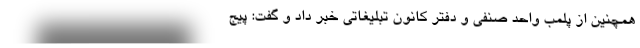
همچنین از پلمب واحد صنفی و دفتر کانون تبلیغاتی خبر داد و گفت: پیج